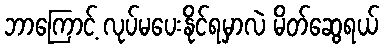
ဘာကြောင့် လုပ်မပေးနိုင်ရမှာလဲ မိတ်ဆွေရယ်